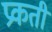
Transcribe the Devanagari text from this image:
प्रकती